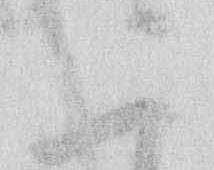
二